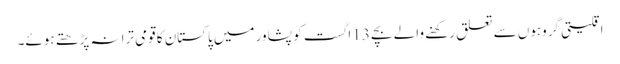
اقلیتی گروہوں سے تعلق رکھنے والے بچے 13 اگست کو پشاور میں پاکستان کا قومی ترانہ پڑھتے ہوئے۔